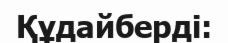
Құдайберді: